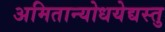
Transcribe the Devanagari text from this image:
अमितान्योधयेद्यस्तु